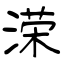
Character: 溁